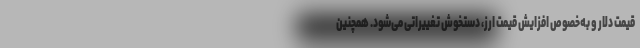
قیمت دلار و به‌خصوص افزایش قیمت ارز، دستخوش تغییراتی می‌شود. همچنین